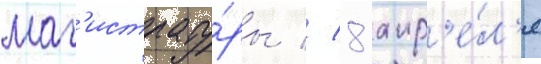
маг'истрату́ры // 8 апр'е́л'я